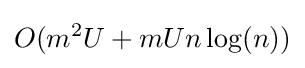
O(m^{2}U+mUn\log(n))